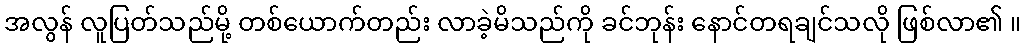
အလွန် လူပြတ်သည်မို့ တစ်ယောက်တည်း လာခဲ့မိသည်ကို ခင်ဘုန်း နောင်တရချင်သလို ဖြစ်လာ၏ ။